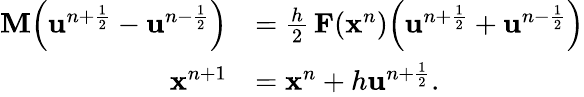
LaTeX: \begin{array}{rl}{\mathbf{M}\Bigl(\mathbf{u}^{n+\frac{1}{2}}-\mathbf{u}^{n-\frac{1}{2}}\Bigr)}&{=\frac{h}{2}\, \mathbf{F}(\mathbf{x}^{n})\Bigl(\mathbf{u}^{n+\frac{1}{2}}+\mathbf{u}^{n-\frac{1}{2}}\Bigr)}\\ {\mathbf{x}^{n+1}}&{=\mathbf{x}^{n}+h\mathbf{u}^{n+\frac{1}{2}}.}\end{array}